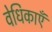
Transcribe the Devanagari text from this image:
वेधिकाएँ